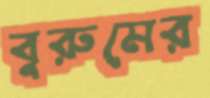
বুরুমের